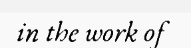
in the work of